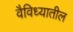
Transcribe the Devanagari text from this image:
वैविध्यातील